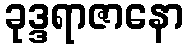
ခုဒ္ဒရာဇာနော